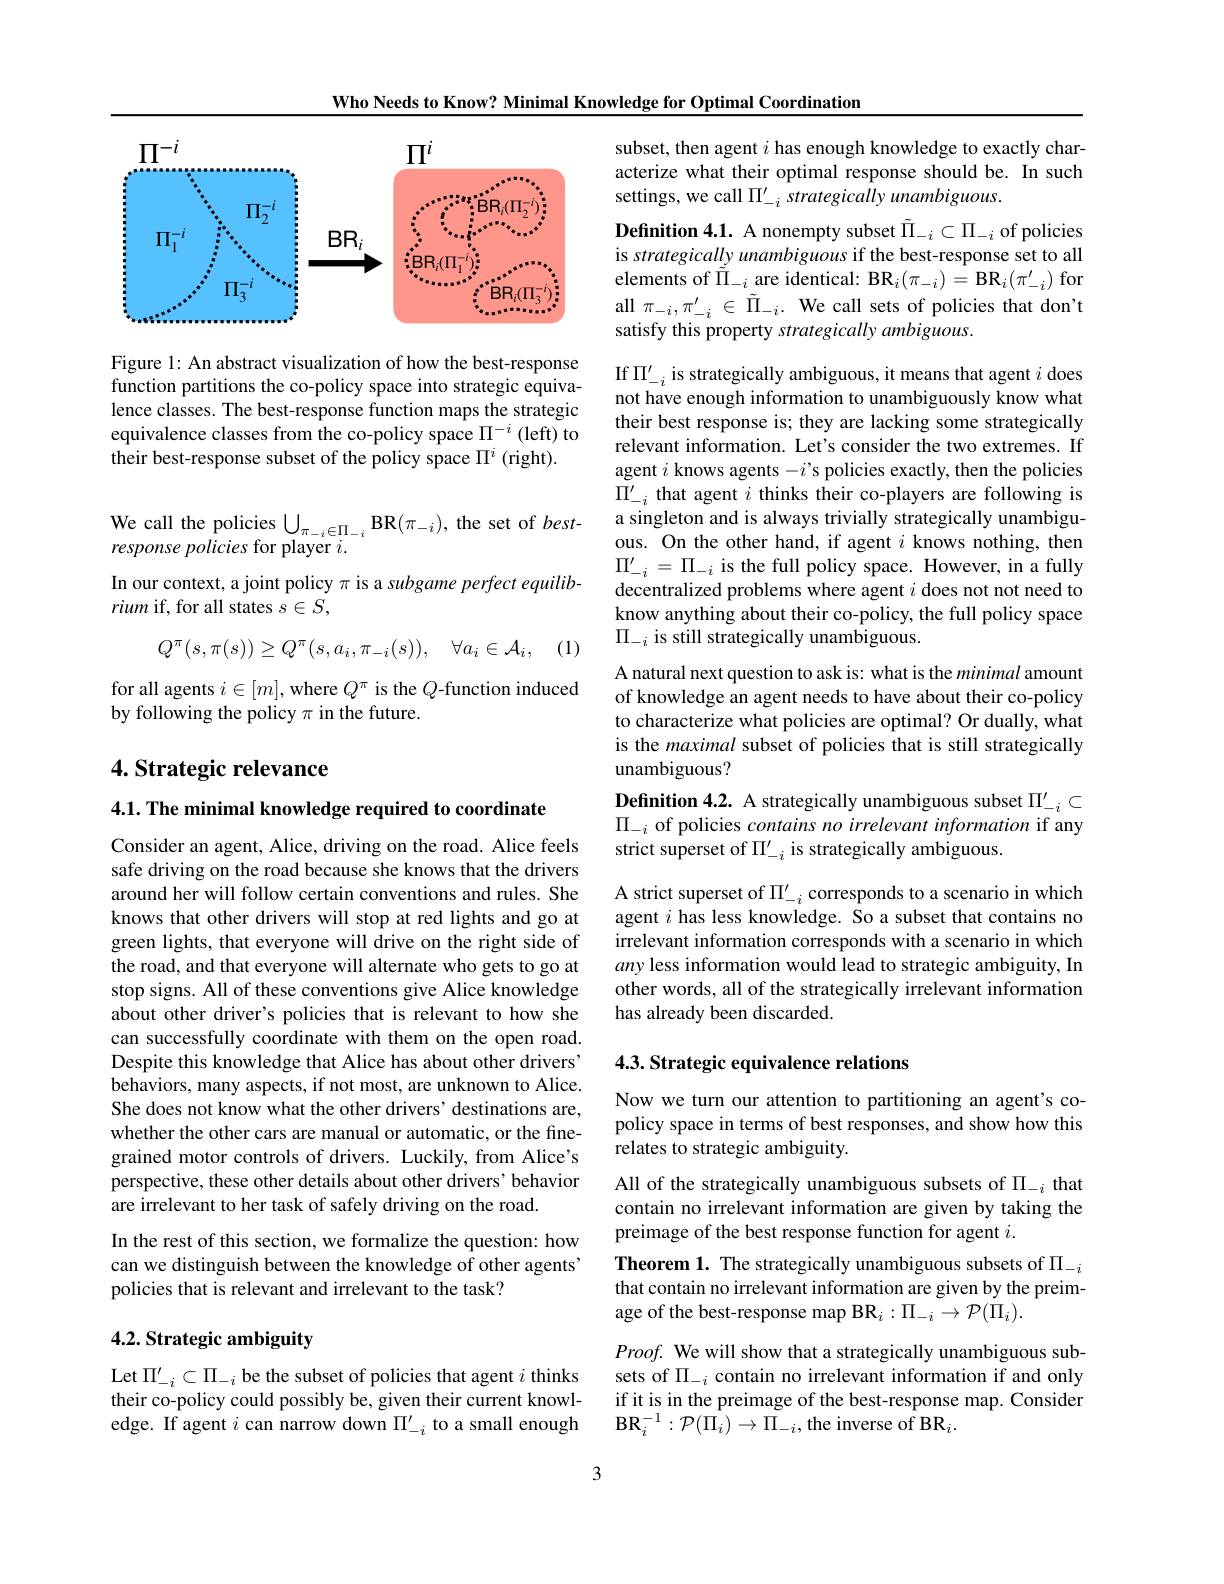
Who Needs to Know? Minimal Knowledge for Optimal Coordination

<FigureHere>

Figure 1: An abstract visualization of how the best-response function partitions the co-policy space into strategic equivalence classes. The best-response function maps the strategic equivalence classes from the co-policy space $\Pi^{-i}$ (left) to their best-response subset of the policy space $\Pi^i$ (right).

We call the policies $\bigcup _{\pi _{- i}\in \Pi _{- i}}\mathbf{BR}( \pi _{- i}) $, the set of $best- response policies for player i.$ In our context, a joint policy $\pi$ is a subgame perfect equilibrium if, for all states $s\in S$,

(1)
$$Q^\pi(s,\pi(s))\geq Q^\pi(s,a_i,\pi_{-i}(s)),\quad\forall a_i\in\mathcal{A}_i,$$
for all agents $i\in[m]$, where $Q^\pi$ is the $Q$-function induced
by following the policy $\pi$ in the future.

## 4. Strategic relevance

4.1. The minimal knowledge required to coordinate

Consider an agent, Alice, driving on the road. Alice feels safe driving on the road because she knows that the drivers around her will follow certain conventions and rules. She knows that other drivers will stop at red lights and go at green lights, that everyone will drive on the right side of the road, and that everyone will alternate who gets to go at stop signs. All of these conventions give Alice knowledge about other driver's policies that is relevant to how she can successfully coordinate with them on the open road. Despite this knowledge that Alice has about other drivers' behaviors, many aspects, if not most, are unknown to Alice. She does not know what the other drivers' destinations are, whether the other cars are manual or automatic, or the finegrained motor controls of drivers. Luckily, from Alice's perspective, these other details about other drivers' behavior are irrelevant to her task of safely driving on the road.

In the rest of this section, we formalize the question: how can we distinguish between the knowledge of other agents policies that is relevant and irrelevant to the task?

## 4.2. Strategic ambiguity

Let $\Pi_{-i}^{\prime}\subset\Pi_{-i}$ be the subset of policies that agent $i$ thinks their co-policy could possibly be, given their current knowledge. If agent $i$ can narrow down $\Pi_-i^{\prime}$ to a small enough

subset, then agent $i$ has enough knowledge to exactly characterize what their optimal response should be. In such settings, we call $\Pi _{- i}^{\prime }\textit{strategically unambiguous. }$

Definition 4.1. A nonempty subset $\tilde{\Pi}_{-i}\subset\Pi_{-i}$ of policies is strategically unambiguous if the best-response set to all elements of $\tilde{\Pi}_{-i}$ are identical: BR$_i(\pi_{-i})=\mathbf{BR}_i(\pi_{-i}^{\prime})$ for all $\pi_-i,\pi_{-i}^{\prime}\in\tilde{\Pi}_{-i}.$ We call sets of policies that don't satisfy this property strategically ambiguous.

If $\Pi_-i^{\prime}$ is strategically ambiguous, it means that agent $i$ does not have enough information to unambiguously know what their best response is; they are lacking some strategically relevant information. Let's consider the two extremes. If agent $i$ knows agents $-i’$s policies exactly, then the policies $\tilde{\Pi}_{-i}^{\prime}$ that agent $i$ thinks their co-players are following is a singleton and is always trivially strategically unambiguous. On the other hand, if agent $i$ knows nothing, then $\Pi_{-i}^{\prime}=\Pi_{-i}$ is the full policy space. However, in a fully decentralized problems where agent $i$ does not not need to know anything about their co-policy, the full policy space $\Pi_{-i}$ is still strategically unambiguous.

A natural next question to ask is: what is the minimal amount of knowledge an agent needs to have about their co-policy to characterize what policies are optimal? Or dually, what is the maximal subset of policies that is still strategically unambiguous?

Definition 4.2. A strategically unambiguous subset $\Pi_{-i}^{\prime}\subset$ $\Pi_{-i}$ of policies contains no irrelevant information if any strict superset of $\Pi_{-i}^{\prime}$ is strategically ambiguous.

A strict superset of $\Pi_{-i}^{\prime}$ corresponds to a scenario in which agent $i$ has less knowledge. So a subset that contains no irrelevant information corresponds with a scenario in which any less information would lead to strategic ambiguity, In other words, all of the strategically irrelevant information has already been discarded.

## 4.3. Strategic equivalence relations

Now we turn our attention to partitioning an agent's copolicy space in terms of best responses, and show how this relates to strategic ambiguity.

All of the strategically unambiguous subsets of $\Pi_{-i}$ that contain no irrelevant information are given by taking the preimage of the best response function for agent $i.$
Theorem 1. The strategically unambiguous subsets of $\Pi_{-i}$ that contain no irrelevant information are given by the preimage of the best-response map BR$_i:\Pi_{-i}\to\mathcal{P}(\Pi_i).$
Proof. We will show that a strategically unambiguous sub-

sets of $\Pi_{-i}$ contain no irrelevant information if and only if it is in the preimage of the best-response map. Consider $\mathbf{BR}_{i}^{-1}:\mathcal{P}(\Pi_{i})\to\Pi_{-i}$,the inverse of BR$_i.$

3